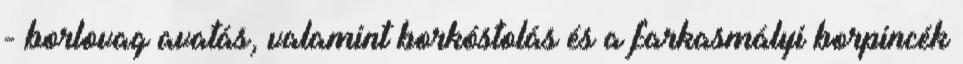
- borlovag avatás, valamint borkóstolás és a farkasmályi borpincék